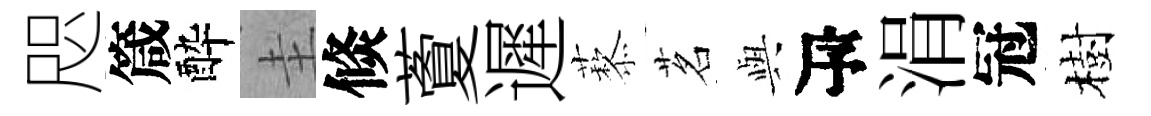
咫箴酔圭倐藑遲藜茗𫤰瓴涓冠樹